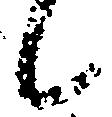
候